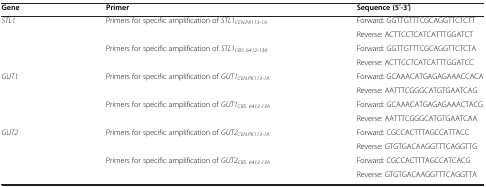
<table><thead><tr><td><b>Gene</b></td><td><b>Primer</b></td><td><b>Sequence (5′-3′)</b></td></tr></thead><tbody><tr><td rowspan="4"><i>STL1</i></td><td rowspan="2">Primers for specific amplification of <i>STL1</i><sub><i>CEN.PK113-1A</i></sub></td><td>Forward: GGTTGTTTCGCAGGTTCTCTT</td></tr><tr><td>Reverse: ACTTCCTCATCATTTGGATCT</td></tr><tr><td rowspan="2">Primers for specific amplification of <i>STL1</i><sub><i>CBS 6412-13A</i></sub></td><td>Forward: GGTTGTTTCGCAGGTTCTCTA</td></tr><tr><td>Reverse: ACTTCCTCATCATTTGGATCC</td></tr><tr><td rowspan="4"><i>GUT1</i></td><td rowspan="2">Primers for specific amplification of <i>GUT1</i><sub><i>CEN.PK113-1A</i></sub></td><td>Forward: GCAAACATGAGAGAAACCACA</td></tr><tr><td>Reverse: AATTTCGGGCATGTGAATCAG</td></tr><tr><td rowspan="2">Primers for specific amplification of <i>GUT1</i><sub><i>CBS 6412-13A</i></sub></td><td>Forward: GCAAACATGAGAGAAACTACG</td></tr><tr><td>Reverse: AATTTCGGGCATGTGAATCAA</td></tr><tr><td rowspan="4"><i>GUT2</i></td><td rowspan="2">Primers for specific amplification of <i>GUT2</i><sub><i>CEN.PK113-1A</i></sub></td><td>Forward: CGCCACTTTAGCCATTACC</td></tr><tr><td>Reverse: GTGTGACAAGGTTTCAGGTTG</td></tr><tr><td rowspan="2">Primers for specific amplification of <i>GUT2</i><sub><i>CBS 6412-13A</i></sub></td><td>Forward: CGCCACTTTAGCCATCACG</td></tr><tr><td>Reverse: GTGTGACAAGGTTTCAGGTTA</td></tr></tbody></table>